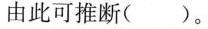
由此可推断()。